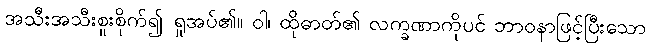
အသီးအသီးစူးစိုက်၍ ရှုအပ်၏။ ဝါ၊ ထိုဓာတ်၏ လက္ခဏာကိုပင် ဘာဝနာဖြင့်ပြီးသော